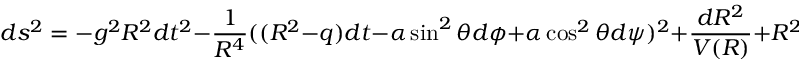
d s ^ { 2 } = - g ^ { 2 } R ^ { 2 } d t ^ { 2 } - \frac { 1 } { R ^ { 4 } } ( ( R ^ { 2 } - q ) d t - \alpha \sin ^ { 2 } \theta d \phi + \alpha \cos ^ { 2 } \theta d \psi ) ^ { 2 } + \frac { d R ^ { 2 } } { V ( R ) } + R ^ { 2 } d \Omega ^ { 2 } ,